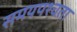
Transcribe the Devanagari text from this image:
समयपश्चता